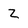
Character: Z